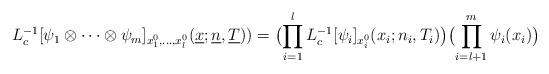
LaTeX: \begin{align*}L_{c}^{- 1}[\psi_{1} \otimes \cdots \otimes \psi_{m} ]_{x_{1}^{0},...,x_{l}^{0}}(\underline{x} ;\underline{n} ,\underline{T} )) =\bigl( \prod_{i = 1}^{l} L_{c}^{- 1}[\psi_{i} ]_{x_{i}^{0}}(x_{i};n_{i},T_{i})\bigr)\bigl( \prod_{i = l + 1}^{m} \psi_{i} (x_{i})\bigr)\end{align*}